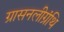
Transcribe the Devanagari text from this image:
ग्रासनलीग्रंथि